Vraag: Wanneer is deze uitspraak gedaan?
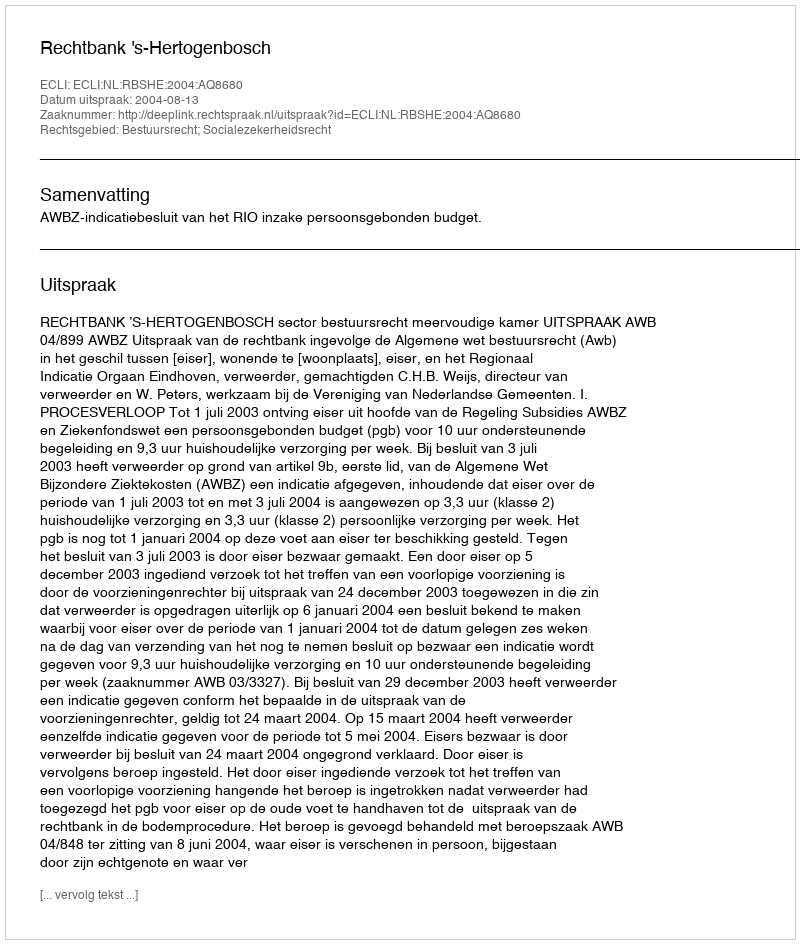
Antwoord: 2004-08-13